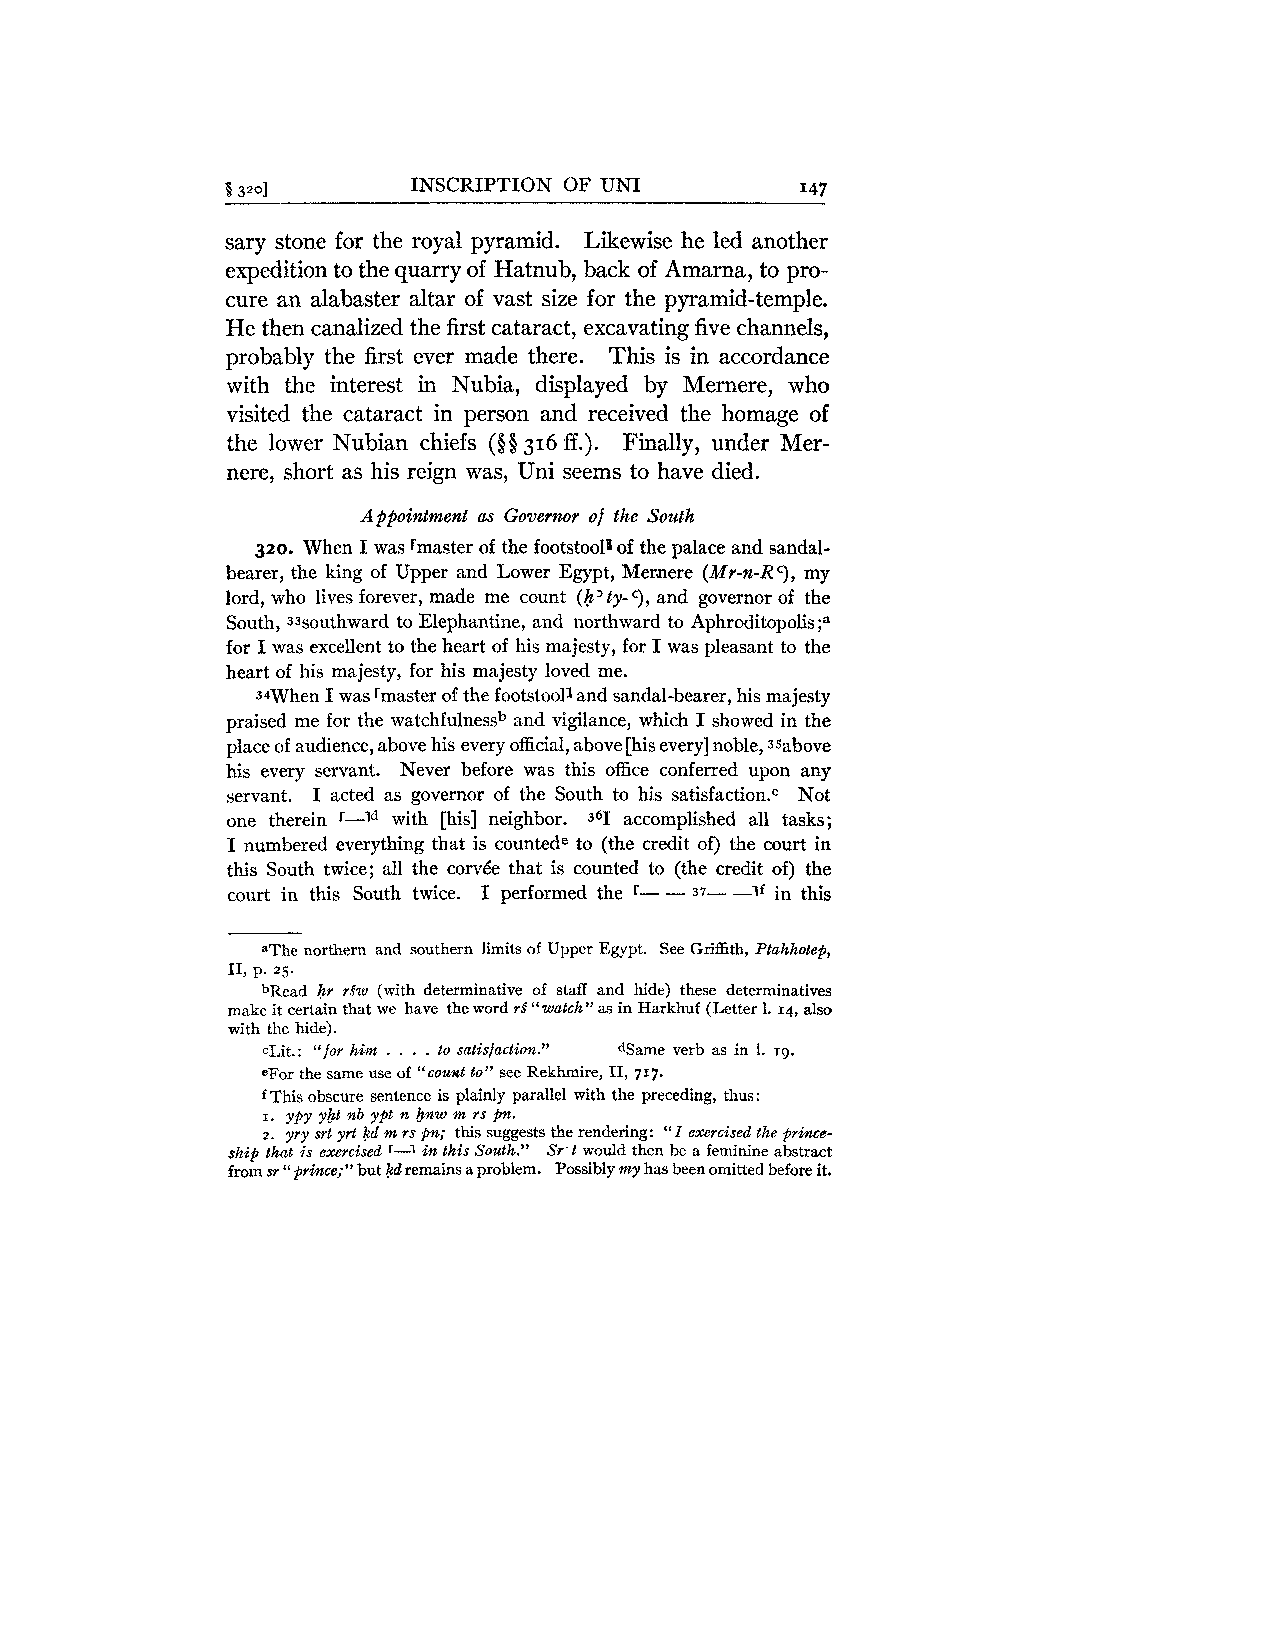
9 3201      INSCRIPTION OF UNI        I47
 sary stone for the royal pyramid. Likewise he led another
 expedition to the quarry of Hatnub, back of Amarna, to pro-
 cure an alabaster altar of vast size for the pyramid-temple.
 He then canalized the first cataract, excavating five channels,
 probably the first ever made there. This is in accordance
 with the interest in Nubia, displayed by Mernere, who
 visited the cataract in person and received the homage of
 the lower Nubian chiefs (QQ 316 ff.). Finally, under Mer-
 nere, short as his reign was, Uni seems to have died.
 Appointment as Governor of the South
 320. When I was rmaster of the footstool^ of the palace and sandal-
 bearer, the king of Upper and Lower Egypt, Memere (Mr-n-RC), my
 lord, who lives forever, made me count (h'ty-c), and governor of the
 South, assouthward to Elephantine, and northward to Aphr~ditopolis;~
 for I was excellent to the heart of his majesty, for I was pleasant to the
 heart of his majesty, for his majesty loved me.
 34When I was rmaster of the footstool^ and sandal-bearer, his majesty
 praised me for the watchfulnessb and vigilance, which I showed in the
 place of audience, above his every official,a bove [his every] noble, asabove
 his every servant. Never before was this office conferred upon any
 servant. I acted as governor of the South to his satisfacti0n.c Not
 one therein '-Id with [his] neighbor. J6I accomplished all tasks;
 I numbered everything that is countede to (the credit of) the court in
 this South twice; all the corv6e that is counted to (the credit of) the
 court in this South twice. I performed the r- - 37- -1f in this
 aThe northern and southern limits of Upper Egypt. See Griffith, Ptahhotep,
 11, p. 25.
 bRead hr rfw (with determinative of staff and hide) these determinatives
 make it certain that we have the word rf " watch" as in Harkhuf (Letter 1. 14, also
 with the hide).
 lit.: "for him . . . . to satisfaction." Game verb as in 1. 19.
 eFor the same use of "coust to" see Rekhmire, 11, 717.
 f This obscure sentence is plainly parallel with the preceding, thus:
 I. ypy y&t nb ypt n &nw m rs pn.
 2. yry srt yrt kd m rs pn; this suggests the rendering: "I exercised the prince-
 ship that is exercised '-1 in this South." Sr't would then he a feminine abstract
 from sr "prince;" hut kd remains a problem. Possibly my has been omitted before it.